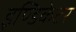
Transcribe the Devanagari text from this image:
इण्डिकेटर